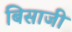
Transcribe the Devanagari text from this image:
बिसाजी